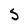
Character: S